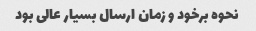
نحوه برخود و زمان ارسال بسیار عالی بود